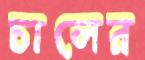
চালের